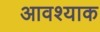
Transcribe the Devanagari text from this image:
आवश्याक